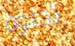
تدعوه